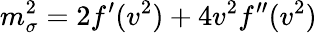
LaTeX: m_{\sigma}^{2}=2f^{\prime}(v^{2})+4v^{2}f^{\prime\prime}(v^{2})